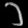
Digit: ၁